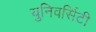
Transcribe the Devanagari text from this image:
युनिवर्सिटी